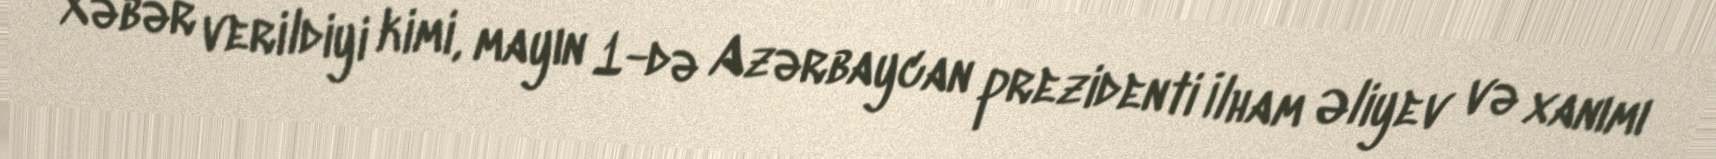
Xəbər verildiyi kimi, mayın 1-də Azərbaycan prezidenti İlham Əliyev və xanımı